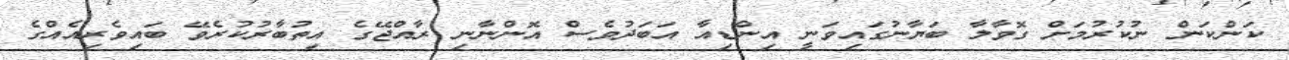
ކަންކަން ނުކުރުމަށް ގޮވާލާ ބަޔާނުގައިވަނީ އިންޑިއާ އަބަދުވެސް އޮންނާނި ރާއްޖޭގެ އިތުބާރުކުރެވޭ ބައިވެރިއެއްގެ